Vaccination in Bombay 1856-1862 - 1856-1862
Year: 1856
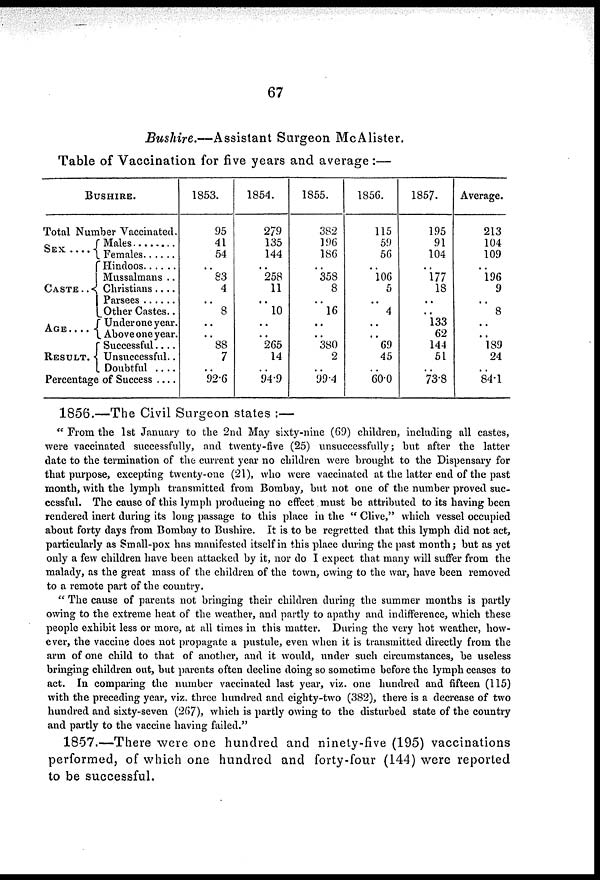
67
Bushire.—Assistant Surgeon McAlister.
Table of Vaccination for five years and average :—
BUSHIRE.
Total Number Vaccinated.
SEX . . . .
CASTE . .
AGE . . . .
RESULT .
Males . . . .
Females . . .
Christians . . . .
Mussalmans . .
Christians . . .
Parsees . . . .
Other Castes . .
Under one year.
Above one year.
Successful . . .
Unsuccessful..
Doubtful . . . .
Percentage of Success . . .
1853.
95
41
54
..
83
4
..
8
..
..
88
7
..
92.6
1854.
279
135
144
..
258
11
..
10
..
..
265
14
..
94.9
1855.
382
196
186
..
358
8
..
16
..
..
380
2
..
99.4
1856.
115
59
56
..
106
5
..
4
..
..
69
45
..
60.0
1857.
195
91
104
..
177
18
..
..
133
62
144
51
..
73.8
Average.
213
104
109
..
196
9
..
8
..
..
189
24
..
84.1
1856.—The Civil Surgeon states :—
" From the 1st January to the 2nd May sixty-nine (69) children, including all castes,
were vaccinated successfully, and twenty-five (25) unsuccessfully; but after the latter
date to the termination of the current year no children were brought to the Dispensary for
that purpose, excepting twenty-one (21), who were vaccinated at the latter end of the past
month, with the lymph transmitted from Bombay, but not one of the number proved suc-
cessful. The cause of this lymph producing no effect must be attributed to its having been
rendered inert during its long passage to this place in the " Clive," which vessel occupied
about forty days from Bombay to Bushire. It is to be regretted that this lymph did not act,
particularly as Small-pox has manifested itself in this place during the past month; but as yet
only a few children have been attacked by it, nor do I expect that many will suffer from the
malady, as the great mass of the children of the town, owing to the war, have been removed
to a remote part of the country.
" The cause of parents not bringing their children during the summer months is partly
owing to the extreme heat of the weather, and partly to apathy and indifference, which these
people exhibit less or more, at all times in this matter. During the very hot weather, how-
ever, the vaccine does not propagate a pustule, even when it is transmitted directly from the
arm of one child to that of another, and it would, under such circumstances, be useless
bringing children out, but parents often decline doing so sometime before the lymph ceases to
act. In comparing the number vaccinated last year, viz. one hundred and fifteen (115)
with the preceding year, viz. three hundred and eighty-two (382), there is a decrease of two
hundred and sixty-seven (267), which is partly owing to the disturbed state of the country
and partly to the vaccine having failed."
1857.—There were one hundred and ninety-five (195) vaccinations
performed, of which one hundred and forty-four (144) were reported
to be successful.